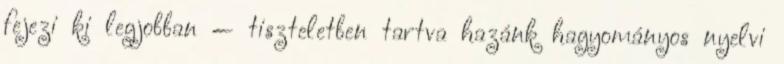
fejezi ki legjobban — tiszteletben tartva hazánk hagyományos nyelvi